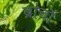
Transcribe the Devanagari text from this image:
ब्रांचों